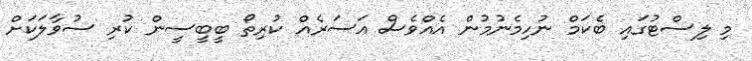
މި ލިސްޓުގައި ބެކަމް ނުހިމެނުމުން އެއްވެސް އަސަރެއް ކުރިތޯ ބީބީސީން ކުރި ސުވާލަކަށް